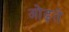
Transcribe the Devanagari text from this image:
ओढ़ते